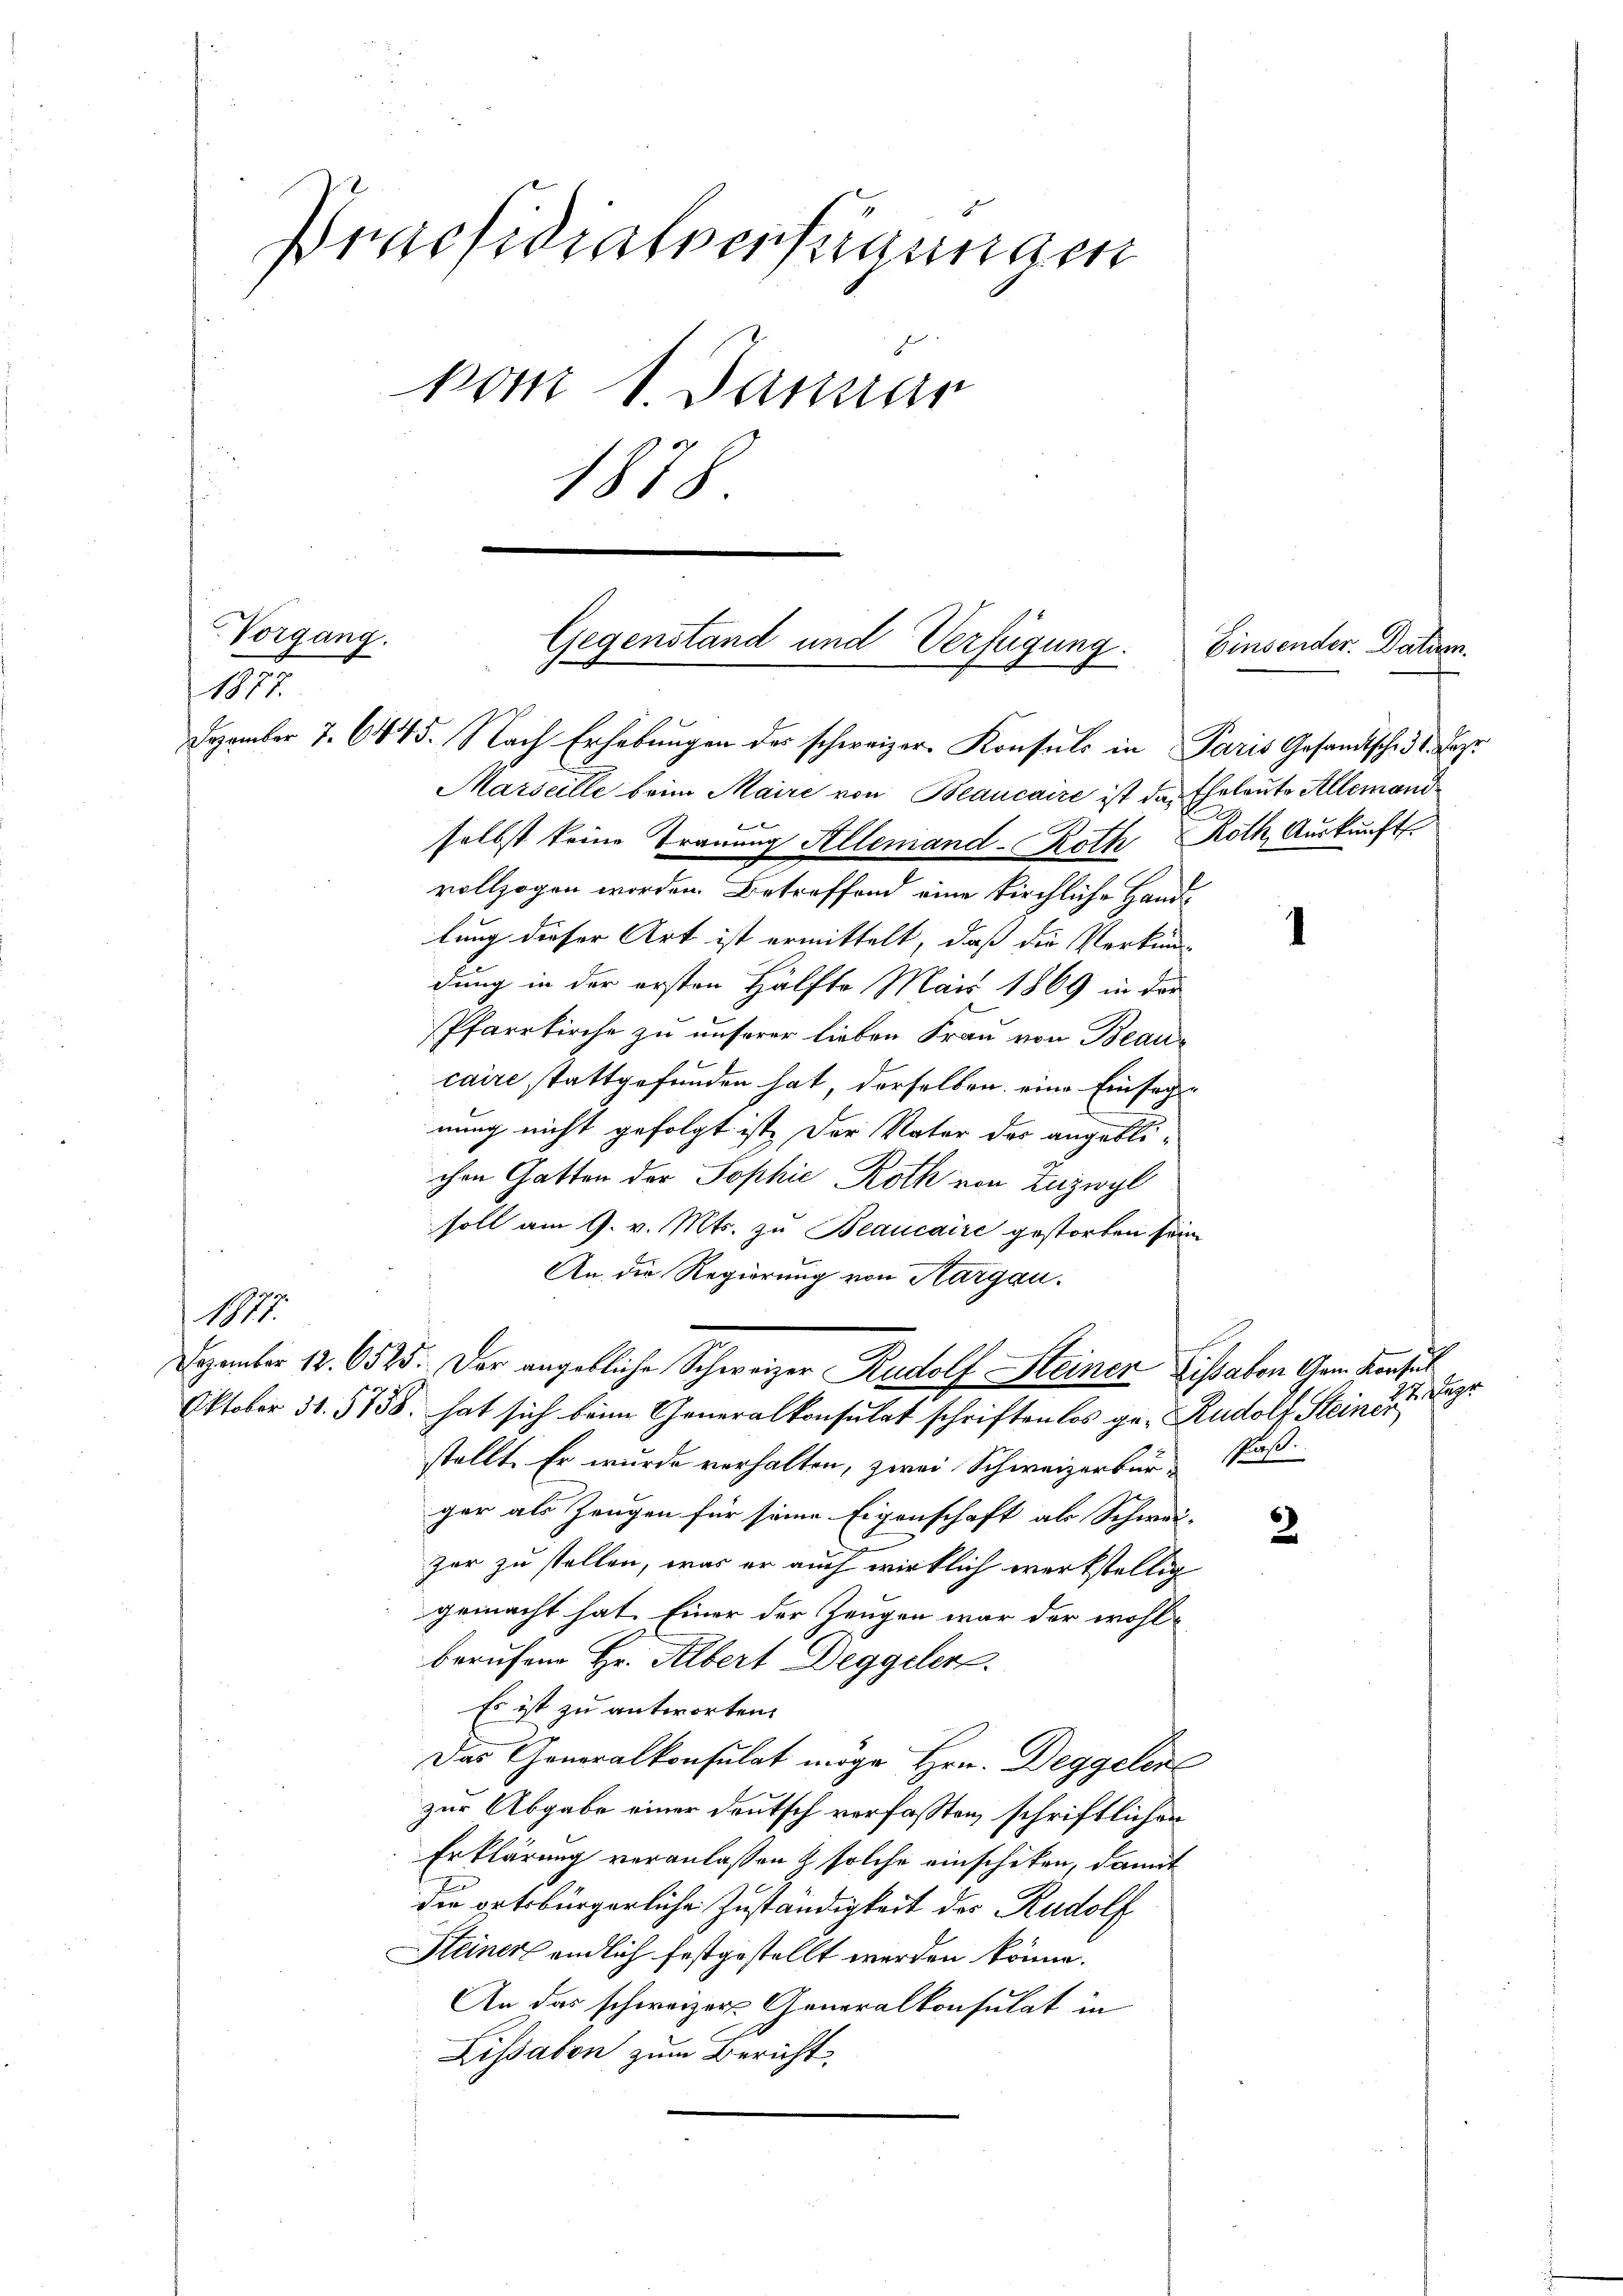
Praesidialverfügungen
vom 1. Januar
1878

Vorgang.
1877.

Gegenstand und Verfügung.
Dezember 7. 6445. Nach Erhebungen des schweizer Konsuls in Paris Gesandtsche 31. Deze

Dezember 12. 6525. Der angebliche Schweizer Rudolf Steiner Lissaben Gem. Konsul

Marseille beim Maire von Beaucaire ist das Eheleute Allemand
i
selbst keine Trauung Allemand - Roth Roth Auskunft
vollzogen worden. Betreffend eine kirchliche Handlung dieser Art ist ermittelt, daß die Verkun-
dung in der ersten Hälfte Mai 1869 in der
Pfarrkirche zu unserer lieben Frau von Beaucaire stattgefunden hat, derselben eine Einfagnung nicht gefolgt ist. Der Vater des angeblichen Gatten der Sophie Roth von Zuzwyl
soll am 9. v. Mts. zu Beaucaire gestorben sein.
An die Regierung von Aargau.
1817.
Oktober 31. 5758. hat sich beim Generalkonsulat schriftenlos ge- Rudolf Steinde Begr
stellt. Er wurde verhalten, zwei Schweizerbürger als Zeugen für seine Eigenschaft als Schwei-
zer zu stellen, was er auch wirklich werkstellig
gemacht hat. Einer der Zeugen war der wohlberufene Hr. Albert Deggeler.
Es ist zu antworten.
Das Generalkonsulat möge Hrn. Deggelere
zur Abgabe einer deutsch verfassten, schriftlicher
Erklärung veranlassen & solche einschiken, damit
die ortsbürgerliche Zuständigkeit des Rudolf
Steiner endlich festgestellt werden könne.
An das schweizer Generalkonsulat in
Lissabon zum Bericht,

Einsender. Datum.

Proß.

3